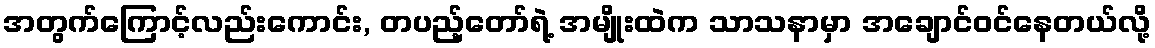
အတွက်ကြောင့်လည်းကောင်း, တပည့်တော်ရဲ့ အမျိုးထဲက သာသနာမှာ အချောင်ဝင်နေတယ်လို့